Bréfritari: Margrét Daníelsdóttir
Viðtakandi: Jakobína Magnúsdóttir
Dagsetning: A-1880-11-04
Skrifað á: Höfn  N-Múl. ?
Margrét var dóttir Jakobínu

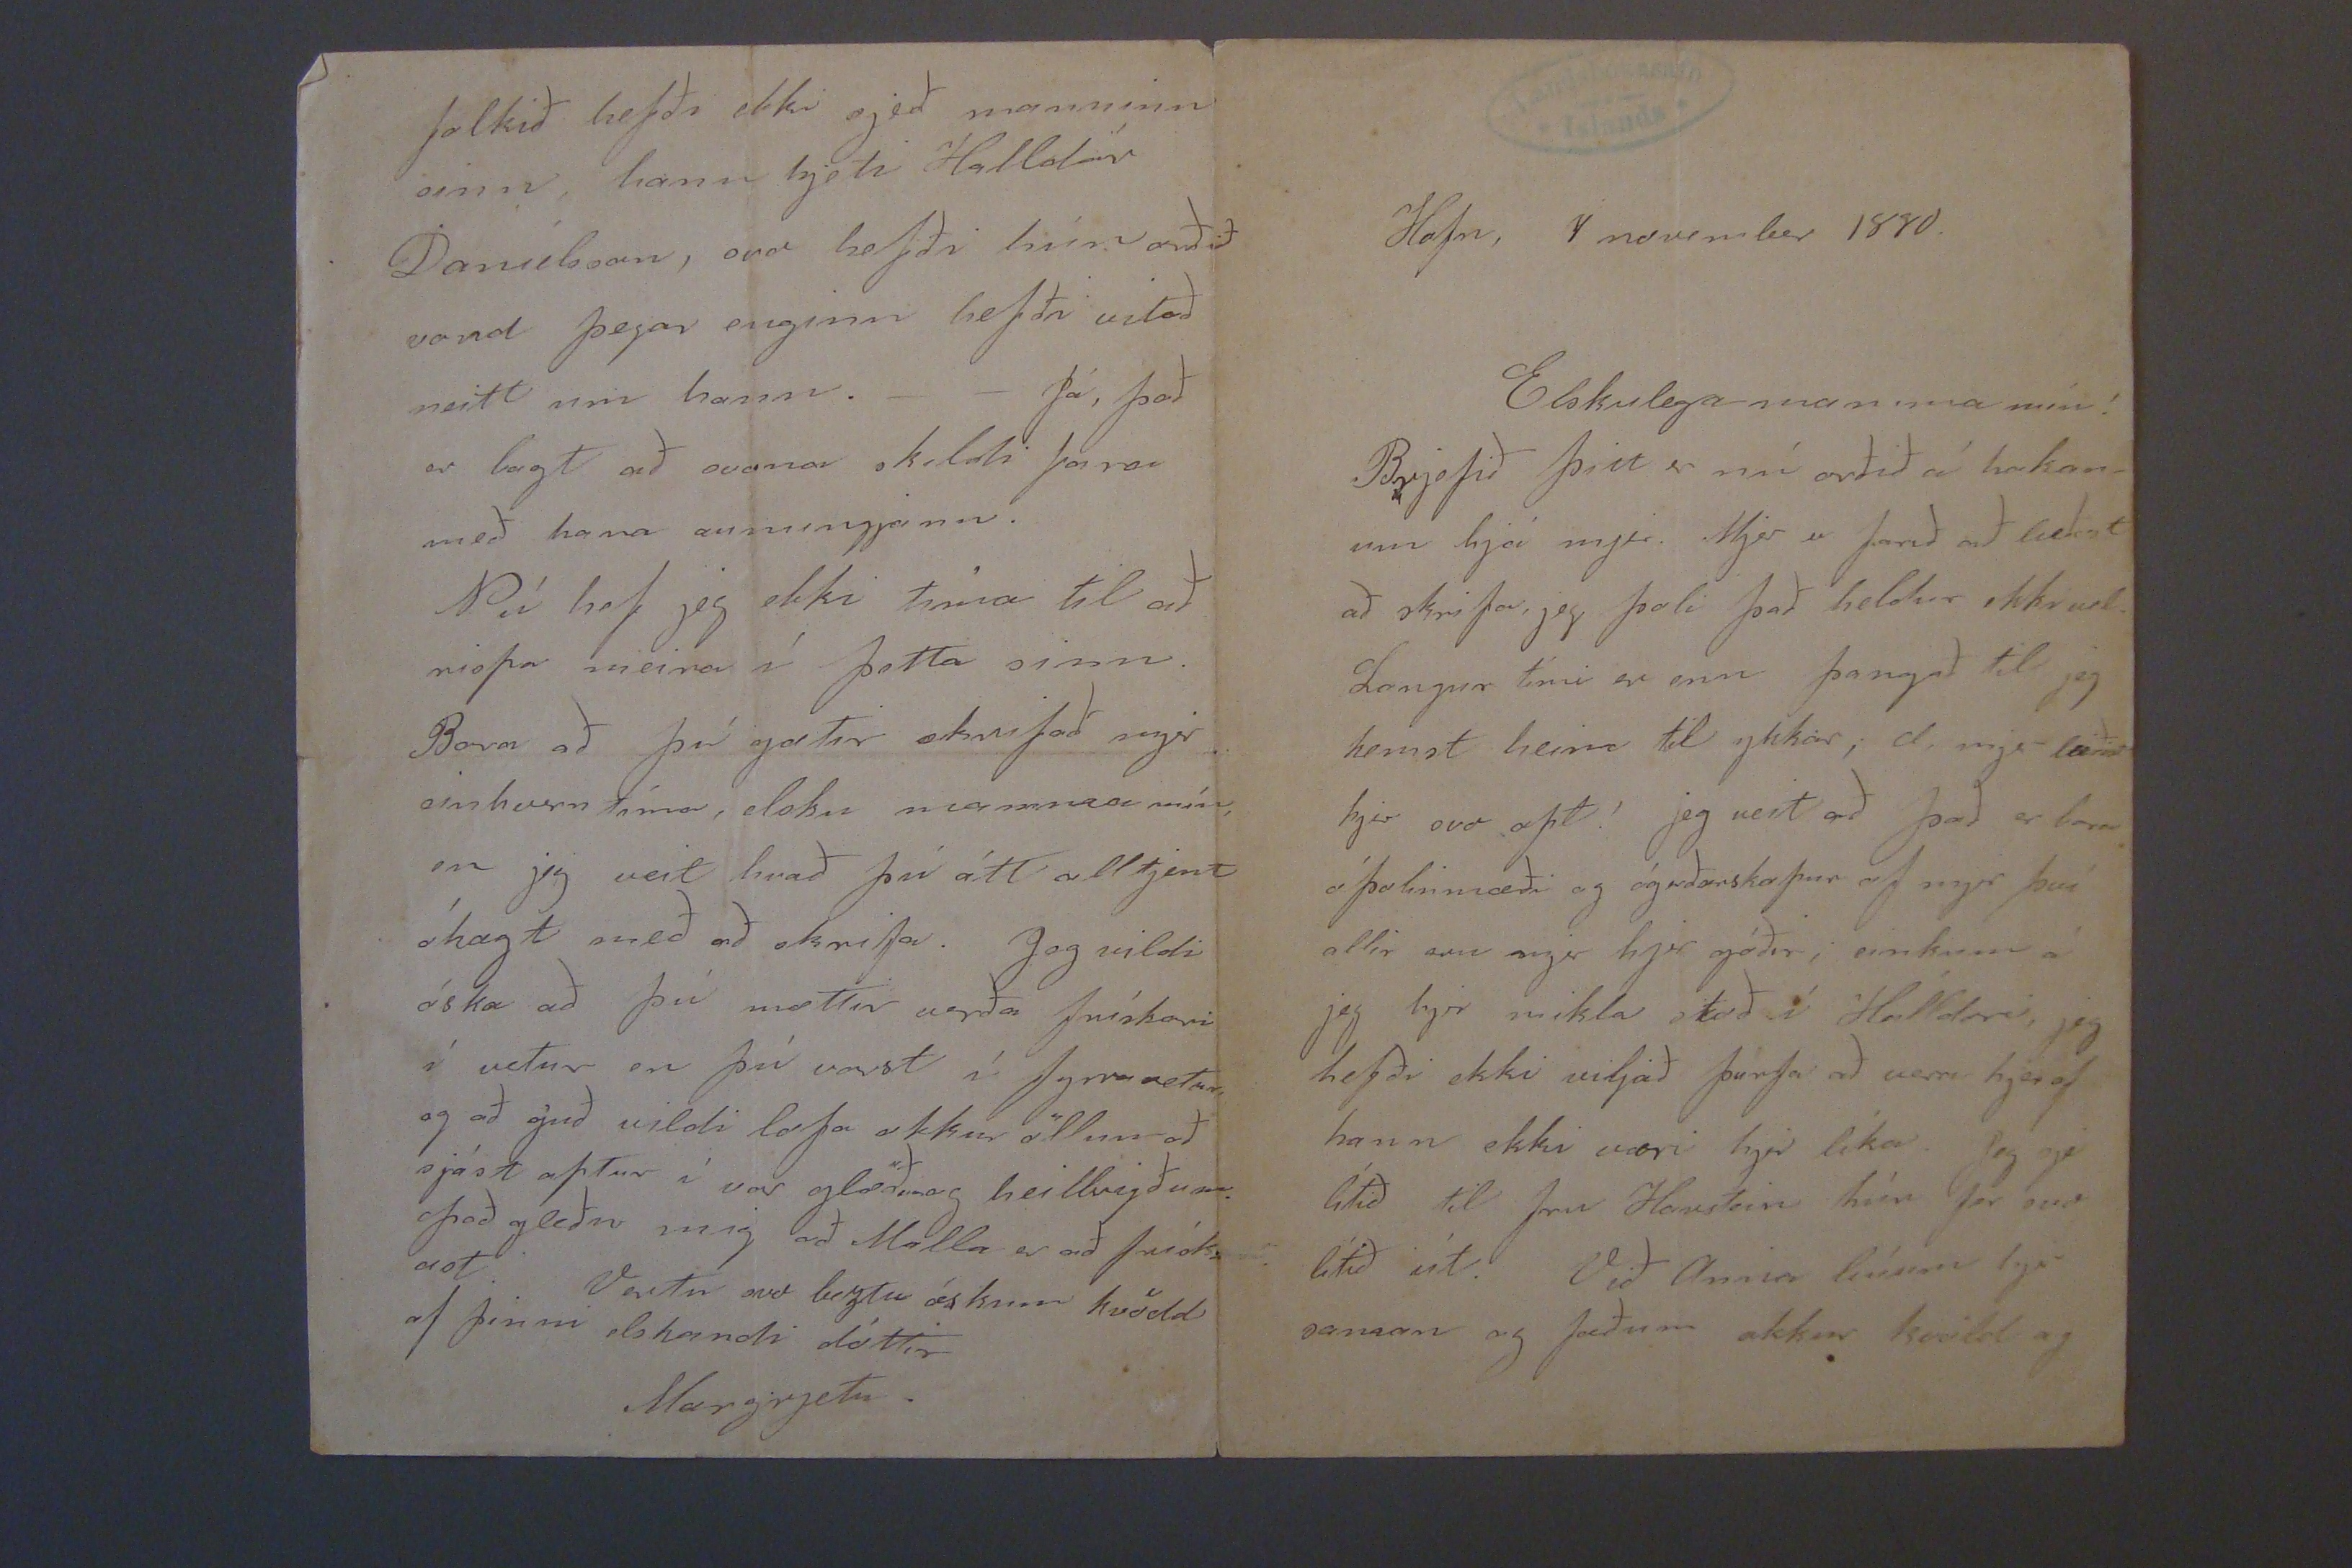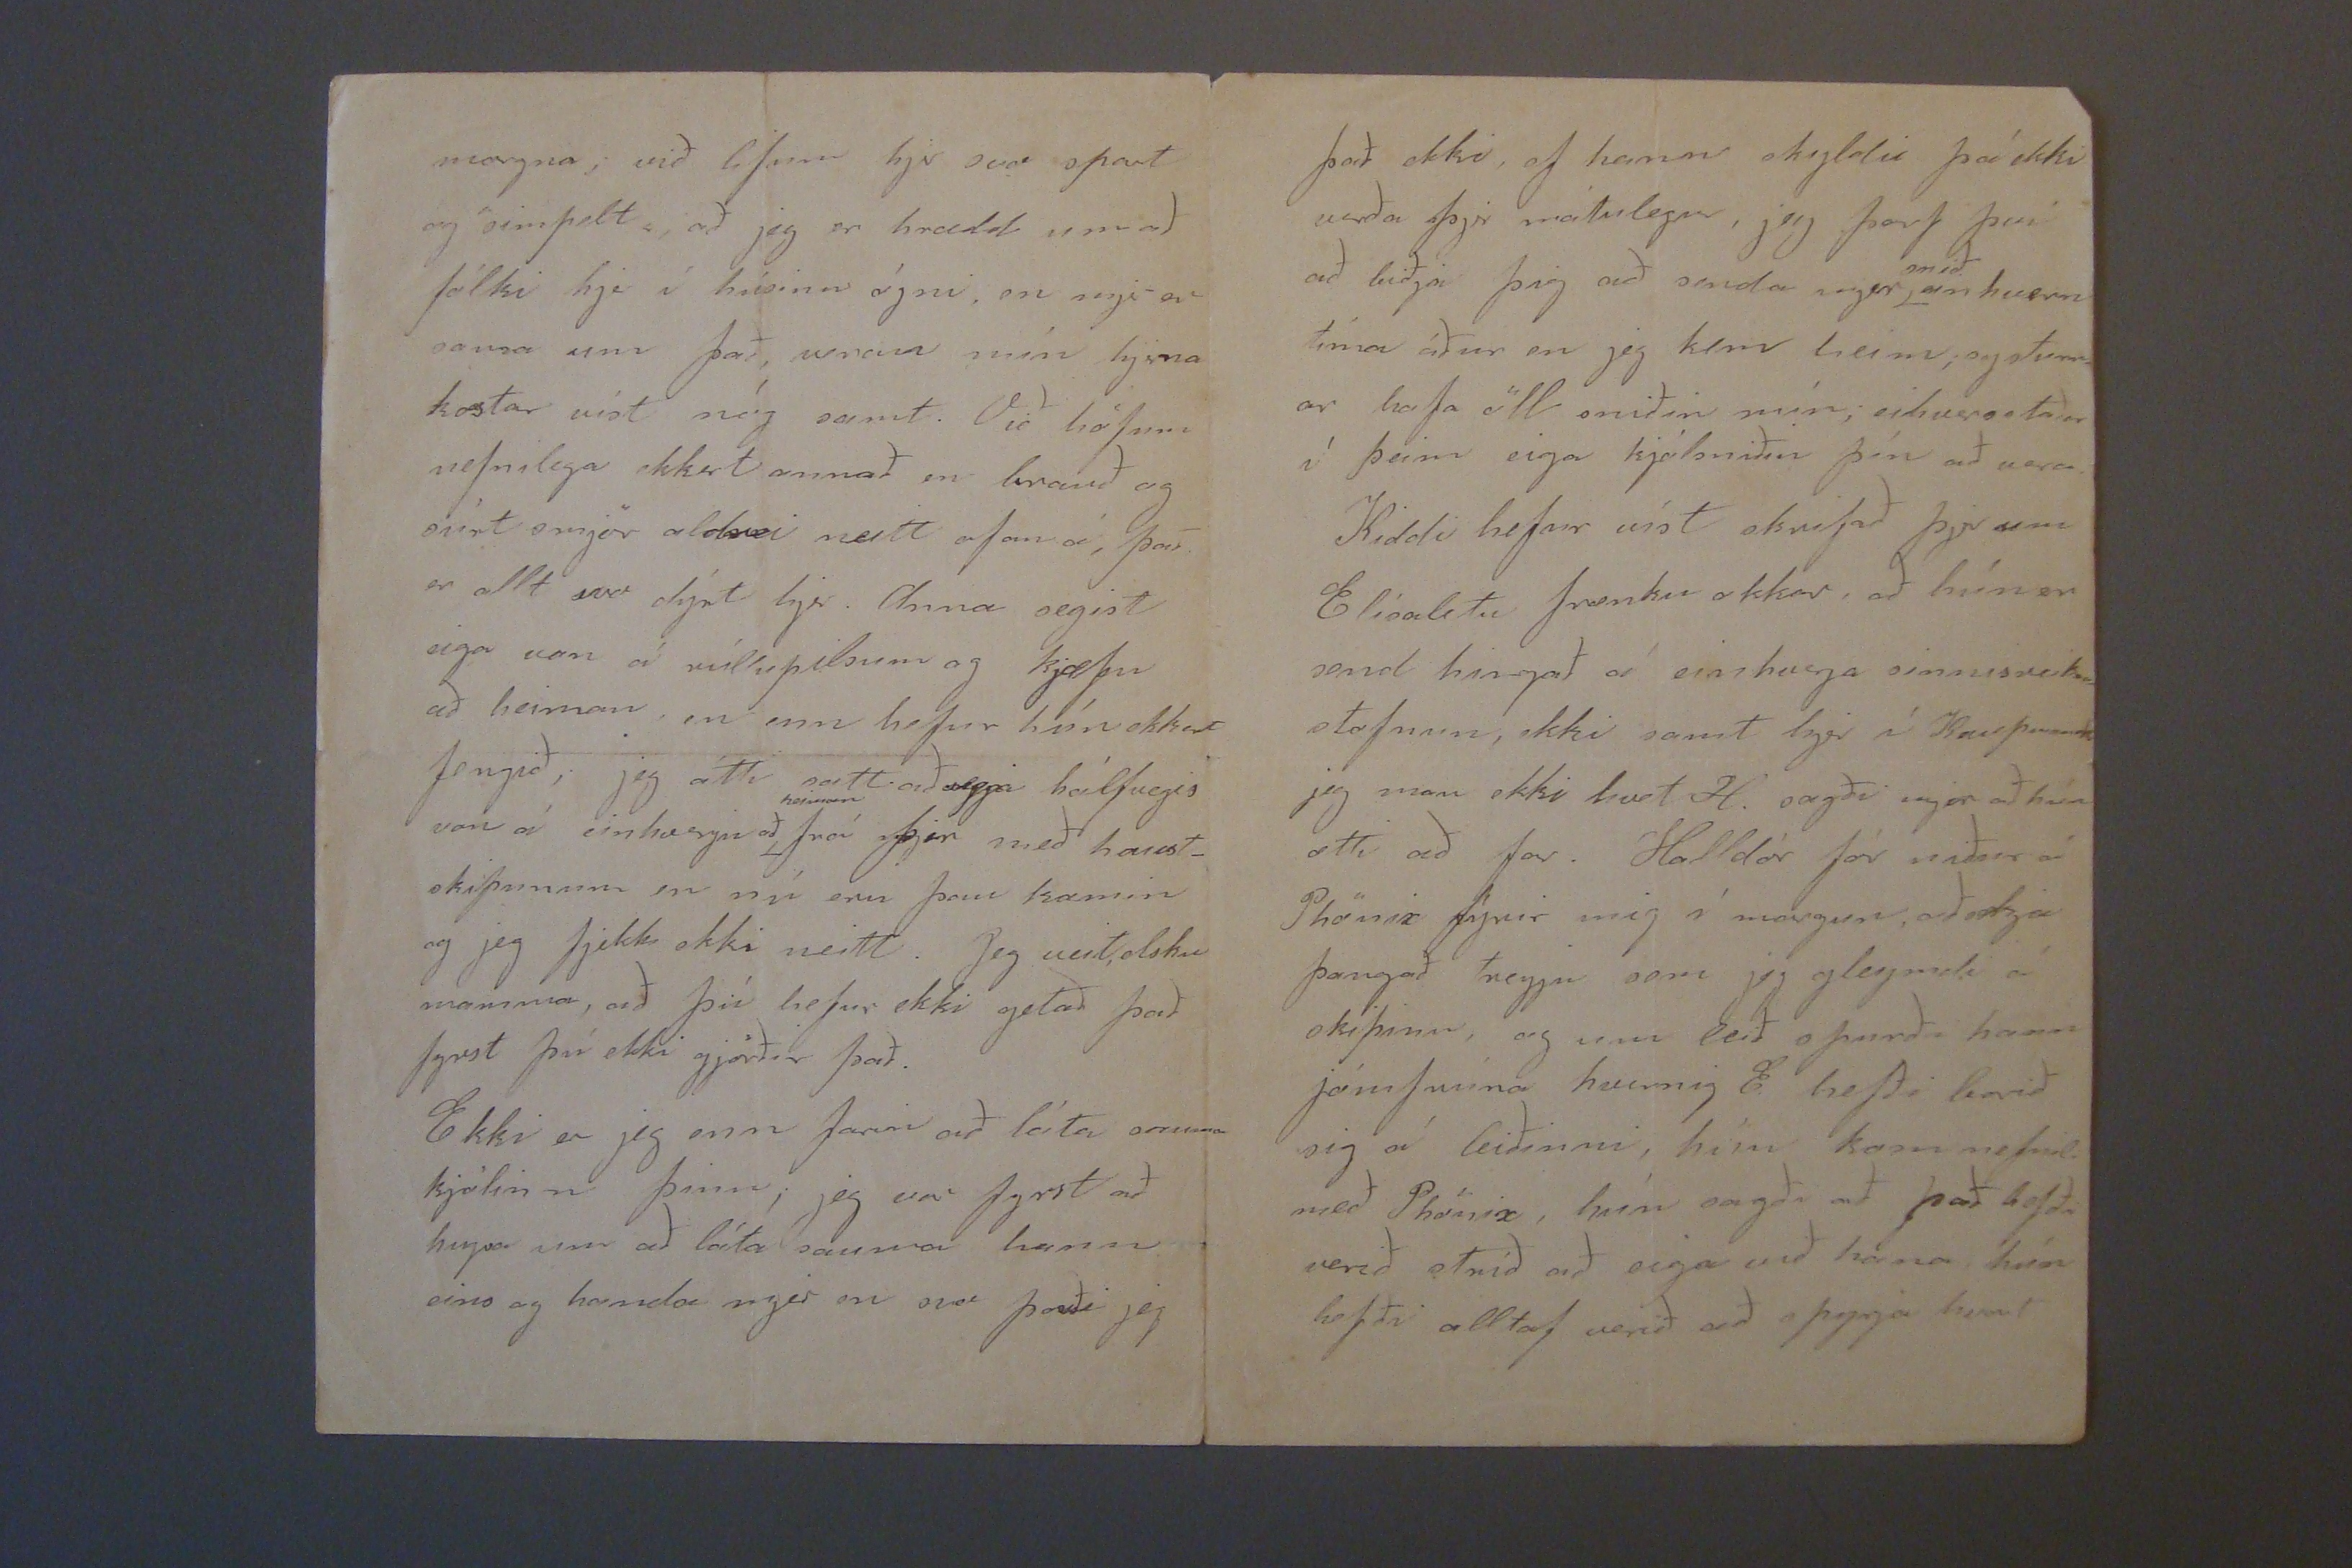

Hofn, 4 november 1880.
Elskulega mamma mín!
Brjefið þitt er nú orðið á hakan_ um hjá mjer. Mjer er farið að leiðast að skrifa, jeg þoli það heldur ekki vel. Langur tími er enn þangað til jeg kemst heim til ykkar; æ, mjer leiðist hjer svo opt! jeg veit að það er bara óþolinmæði og ógeðarskapur af mjer því allir eru mjer hjer góðir; einkum á jeg hjer mikla stoð í Halldori, jeg hefði ekki viljað þurfa að vera hjer ef hann ekki væri hjer líka. Jeg sje lítið til fru Hanstein hún fer svo lítið út. Við Anna búum hjer saman og
fæðum
okkur kvöld og
morgna; við lifum hjer svo spart og
simfelt
að jeg er hærdd um að fólki hjer í húsinu ógni, en mjer er sama um það,
0000
mín hjerna kostar víst nóg samt. Við höfum nefnilega ekkert annað en brauð og súrt smjör aldrei neitt ofan á, það er allt svo dýrt hjer. Anna segist eiga von á rúllupilsum og kjæfu að heiman, en enn hefur hún ekkert fengið; jeg átti satt að
segja
hálfvegis von á einhverju að
heiman
frá þjer með haust_ skipunum en nú eru þau komin og jeg fjekk ekki neitt. Jeg veit elsku mamma, að þú hefur ekki getað það fyrst þú ekki gjörðir það. Ekki er jeg enn farin að láta sauma kjólinn þinn; jeg var fyrst að hugsa um að láta sauma hann eins og handa mjer en svo þorði jeg
það ekki, ef hann skyldi þá ekki verða þjer mátulegur, jeg þarf því að biðja þig að senda mjer
snið
einhvern tíma áður en jeg kem heim, systurn ar hafa öll sniðin mín; eihursstaðar í þeim eiga kjólsniðin þín að vera. Kiddi hefur víst skrifað þjer um Elísabetu frænku okkar, að hún er send hingað á einhverja
vinnus0ei000
stofnun, ekki samt hjer í Kaupmannah jeg man ekki hvað H. sagði mjer að hún ætti að far. Halldór fór niður á Phönix fyrir mig í morgun, að sækja þangað treyju sem jeg gleymdi á skipinu, og um leið spurði hann jómfrúna hvernig E. hefði borið sig á leiðinni, hún kom nefnil. með Phönix, hún sagði að það hefði verið stríð að eiga við hana hún hefði alltaf verið að spyrja hvurt
folkið hefði ekki sjeð manninn sinn, hann hjeti Halldór Daníelsson, svo hefði hún orðið vond þegar enginn hefði vitað neitt um hann._ _ Þá, það er bágt að svona skildi fara með hana aumingjann. Nú hef jeg ekki tíma til að rispa meira í þetta sinn. Bara að þú gætir skrifað mjer einhvurn tíma, elsku mamma mín, en jeg veit hvað þú átt alltjent óhægt með að skrifa. Jeg vildi óska að þú mættir verða frískari í vetur en þú varst í fyrravetur, og að guð vildi lofa okkur öllum að sjást aptur í vorglöðum og heilbrigðum. það gleður mig að Malla er að frísk= ast. Vertu svo beztu óskum kvödd af þinni elskandi dóttir
Margrjeti.